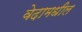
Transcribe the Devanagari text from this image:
वेदामधील